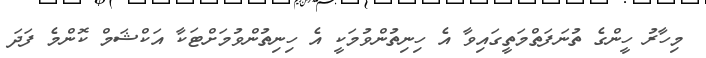
މިހާރު ހީންގެ ތުނަފަތްމަތީގައިވާ އެ ހިނިތުންވުމަކީ އެ ހިނިތުންވުމަށްޓަކާ އަކްޝަމް ކޮންމެ ފަދަ